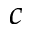
c